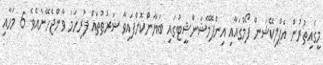
މީގެއިތުރުން އެޕްލިކޭޝަން ފޯމުގައާއި އިންފޮމޭޝަންޝީޓުގައި ބަޔާންކޮށްފައިވާ ޝަރުޠުތައް ފުރިހަމަ ވާންޖެހޭނެއެވެ. 6 މަހާއި